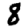
Digit: 8